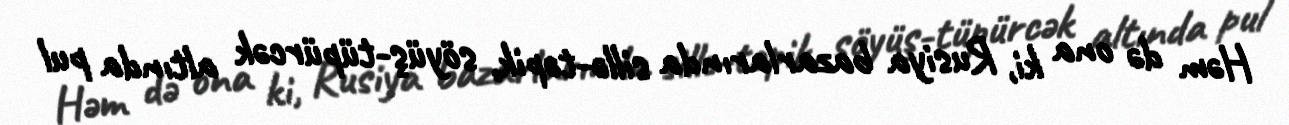
Həm də ona ki, Rusiya bazarlarında sillə-təpik, söyüş-tüpürcək altında pul